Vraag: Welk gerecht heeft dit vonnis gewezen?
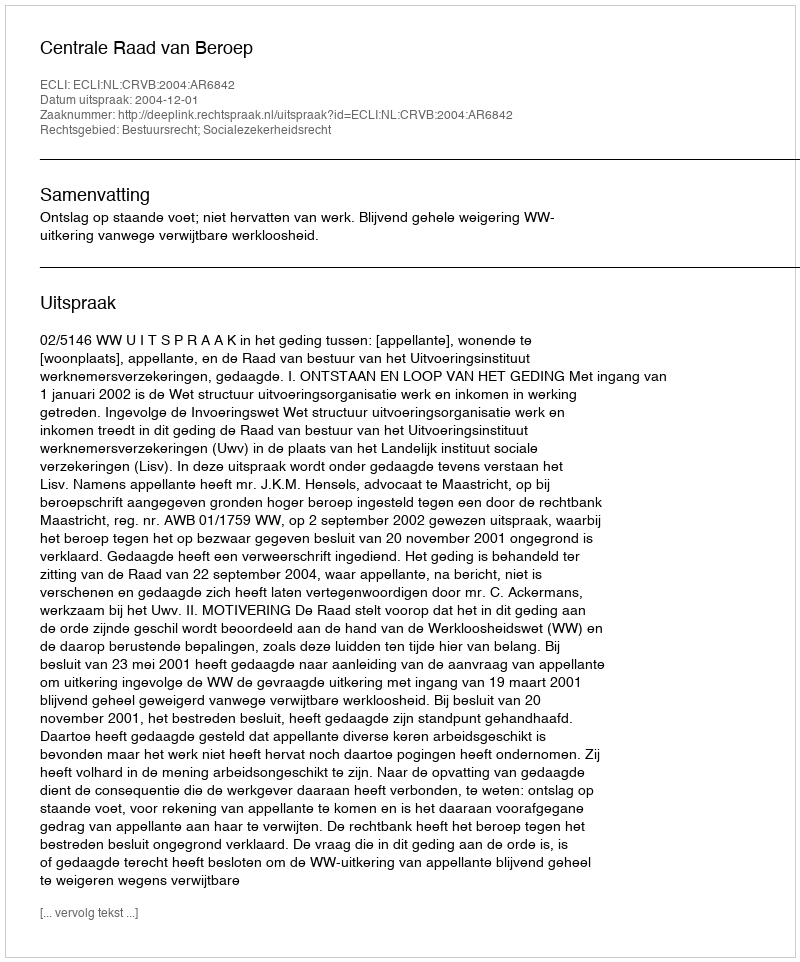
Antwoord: Centrale Raad van Beroep